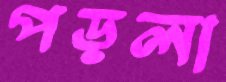
পড়লা